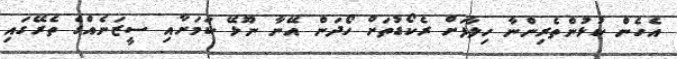
އެހެން ކުޅުންތެރިންނާ ހިލާފަށް ރެކޯޑުތަށް ހޯދަން އޭނާ ނޫޅޭ ކަމަށާއި ސީޒަނެއްގެ ތެރޭގައި